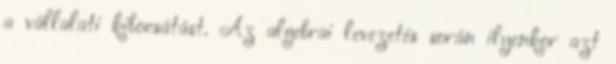
a vállalati kibocsátást. Az algebrai levezetés során ilyenkor azt